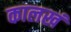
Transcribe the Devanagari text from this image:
कालखं